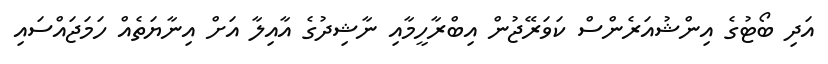
އަދި ބޯޓުގެ އިންޝުއަރެންސް ކަވަރޭޖުން އިބްރާހީމާއި ނާޝިދުގެ އާއިލާ އަށް އިނާޔަތެއް ހަމަޖައްސައި